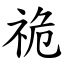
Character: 祪